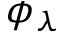
\phi _ { \lambda }